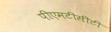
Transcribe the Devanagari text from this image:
पीएमटीसीटी